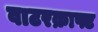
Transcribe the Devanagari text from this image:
वाटरक्राफ्ट